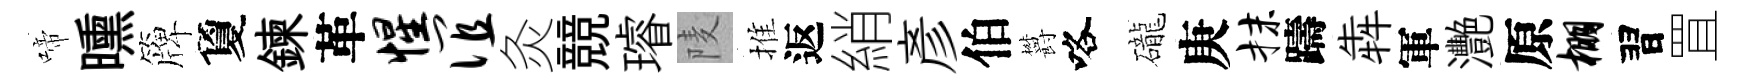
啼曛簰夐鍊革惺谊灸競璿𨹧推返綃彥伯欝咯礲庚抹躊犇軍灧原棚習罝